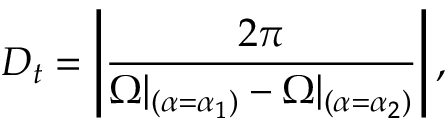
D _ { t } = \left| \frac { 2 \pi } { \Omega | _ { ( \alpha = \alpha _ { 1 } ) } - \Omega | _ { ( \alpha = \alpha _ { 2 } ) } } \right| ,